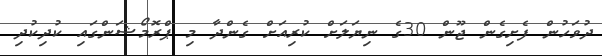
ދުވަހުން ފެށިގެން ޖޫން 30ގެ ނިޔަލަށް ކުރިއަށް ގެންދާ މި ޕްރޮމޯޝަންގައި ކުދިކުދި